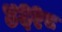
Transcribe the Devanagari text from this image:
४६२८